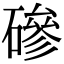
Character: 磣